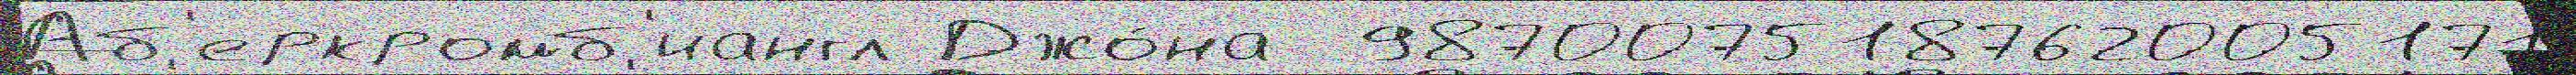
Аб'еркромб'иангл Джо́на  987007518762005171